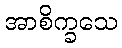
အာစိက္ခသေ